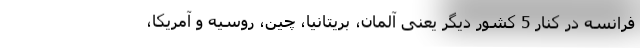
فرانسه در کنار 5 کشور دیگر یعنی آلمان، بریتانیا، چین، روسیه و آمریکا،